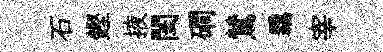
石鏗掖閨磵鷥覊宰